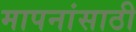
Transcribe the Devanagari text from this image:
मापनांसाठी